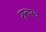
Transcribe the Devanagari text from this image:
शून्यस्य